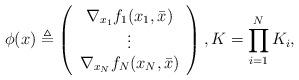
LaTeX: \begin{align*} \phi(x) \triangleq\left( \begin{array} {c} \nabla_{x_1} f_1(x_1,\bar x) \\ \vdots \\ \nabla_{x_N} f_N(x_N, \bar x) \end{array}\right), K = \prod_{i=1}^{N} K_i,\end{align*}